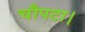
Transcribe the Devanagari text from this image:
चौपटा।